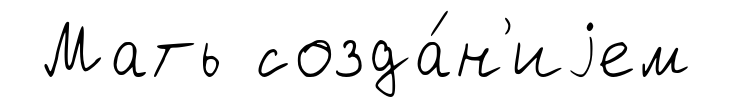
Мать созда́н'иjем